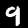
Label: 9